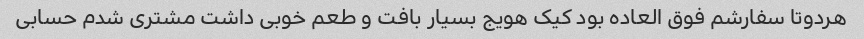
هردوتا سفارشم فوق العاده بود کیک هویج بسیار بافت و طعم خوبی داشت مشتری شدم حسابی